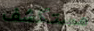
مستكشف